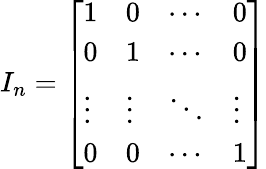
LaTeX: I_{n}={\left[\begin{array}{llll}{1}&{0}&{\cdots}&{0}\\ {0}&{1}&{\cdots}&{0}\\ {\vdots}&{\vdots}&{\ddots}&{\vdots}\\ {0}&{0}&{\cdots}&{1}\end{array}\right]}